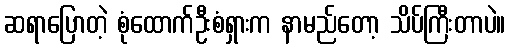
ဆရာပြောတဲ့ စုံထောက်ဦးစံရှားက နာမည်တော့ သိပ်ကြီးတာပဲ။